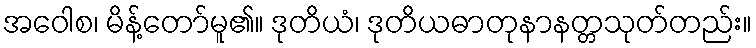
အဝေါစ၊ မိန့်တော်မူ၏။ ဒုတိယံ၊ ဒုတိယဓာတုနာနတ္တသုတ်တည်း။